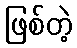
ဖြစ်တဲ့